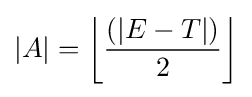
|A|=\left\lfloor {\frac {(|E-T|)}{2}}\right\rfloor